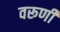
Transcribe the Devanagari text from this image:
वरूणी